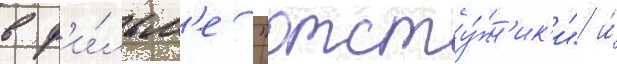
в ф'и́льм'е "отсту́пн'ик'и" и́